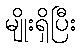
မျိုးရှိပြီး